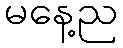
မနေ့ည